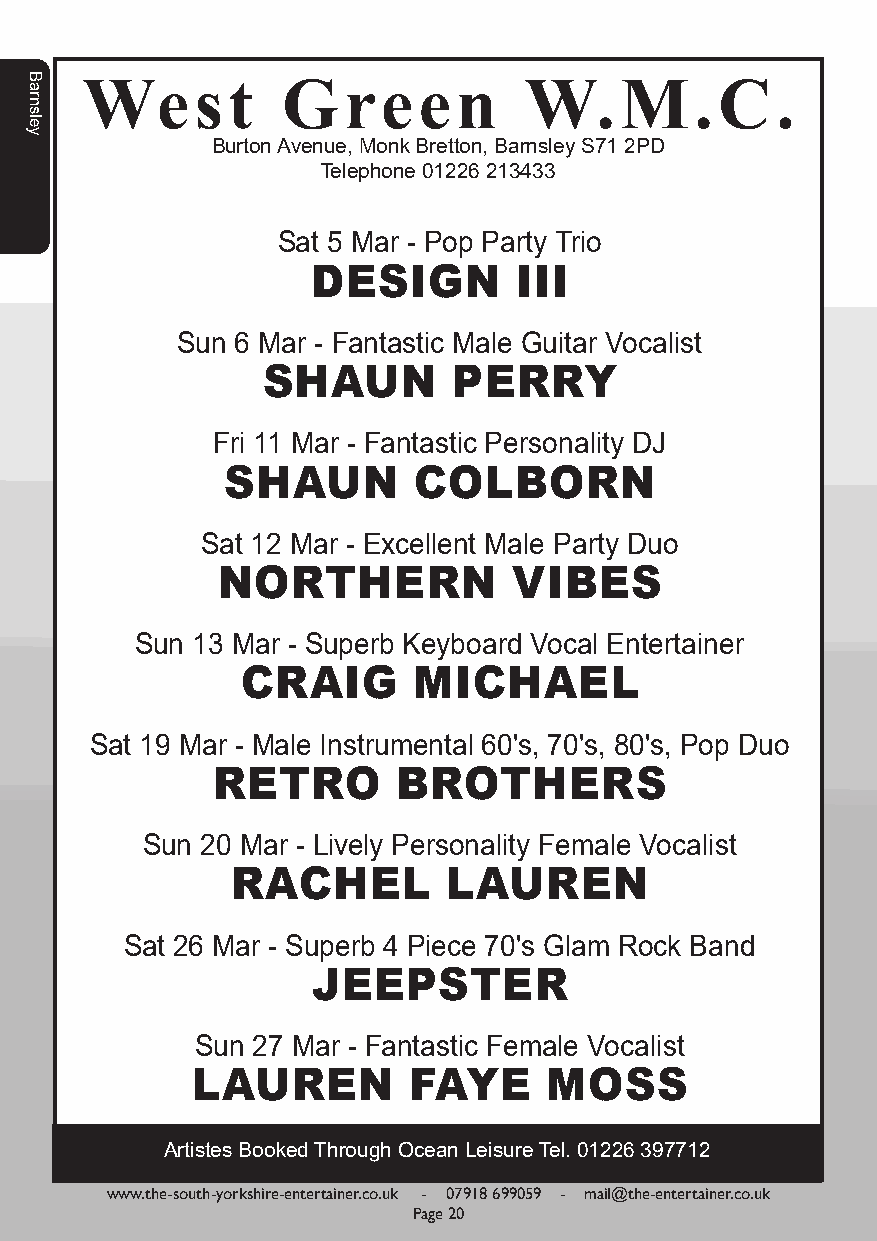
West          Green           W.M.C.
 Burton Avenue, Monk Bretton, Barnsley S71 2PD
 Telephone 01226 213433
 Sat 5 Mar - Pop Party Trio
 DESIGN       III
 Sun 6 Mar - Fantastic Male Guitar Vocalist
 SHAUN        PERRY
 Fri 11 Mar - Fantastic Personality DJ
 SHAUN       COLBORN
 Sat 12 Mar - Excellent Male Party Duo
 NORTHERN            VIBES
 Sun 13 Mar - Superb Keyboard Vocal Entertainer
 CRAIG      MICHAEL
 Sat 19 Mar - Male Instrumental 60's, 70's, 80's, Pop Duo
 RETRO       BROTHERS
 Sun 20 Mar - Lively Personality Female Vocalist
 RACHEL         LAUREN
 Sat 26 Mar - Superb 4 Piece 70's Glam Rock Band
 JEEPSTER
 Sun 27 Mar - Fantastic Female Vocalist
 LAUREN        FAYE     MOSS
 Artistes Booked Through Ocean Leisure Tel. 01226 397712
 www.the-south-yorkshire-entertainer.co.uk - 07918 699059 - mail@the-entertainer.co.uk
 Page 20
 Barnsley